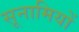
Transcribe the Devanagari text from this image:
सूनामियों